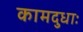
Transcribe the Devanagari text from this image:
कामदुधाः